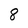
Character: 8